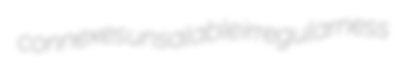
connexes unsalable irregularness